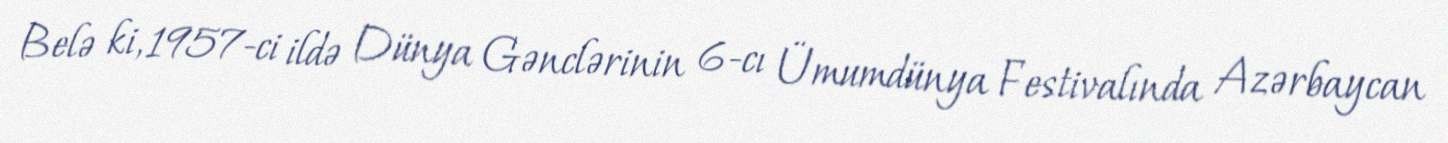
Belə ki, 1957-ci ildə Dünya Gənclərinin 6-cı Ümumdünya Festivalında Azərbaycan